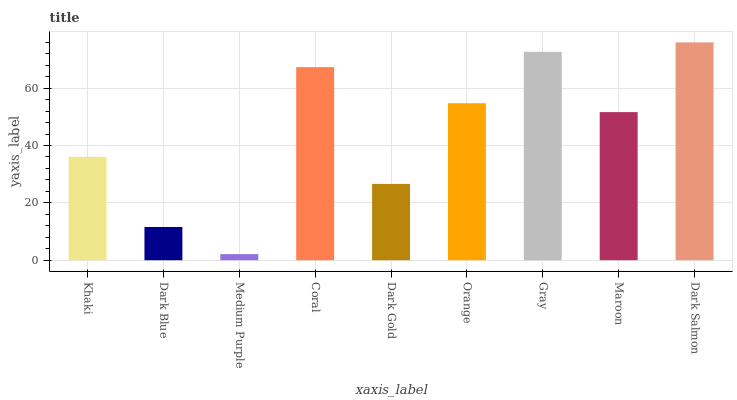
| xaxis_label | bars |
 | --- | --- |
 | Khaki | 36 |
 | Dark Blue | 11.6 |
 | Medium Purple | 2.13 |
 | Coral | 67.3 |
 | Dark Gold | 26.6 |
 | Orange | 54.7 |
 | Gray | 72.7 |
 | Maroon | 51.7 |
 | Dark Salmon | 76 |